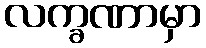
လက္ခဏာမှာ